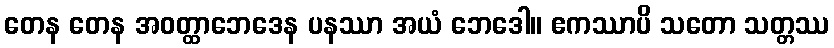
တေန တေန အဝတ္ထာဘေဒေန ပနဿာ အယံ ဘေဒေါ။ ဧကဿာပိ သတော သတ္တဿ